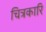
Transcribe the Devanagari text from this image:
चित्रकारि